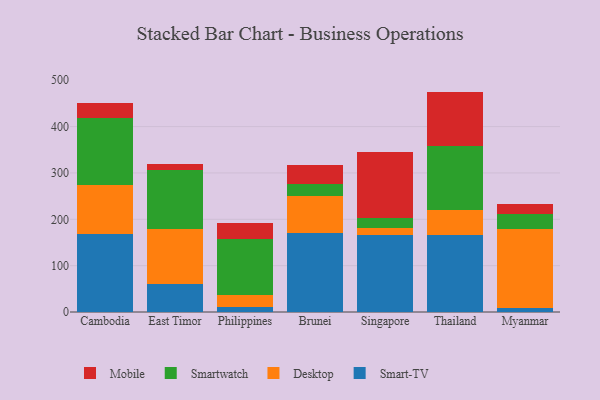
{"axis": {"x": "Country", "y": "Production Output"}, "legend": ["Desktop", "Mobile", "Smart-TV", "Smartwatch"], "data": [{"x": "Cambodia", "y": 168.3, "type": "Smart-TV"}, {"x": "Cambodia", "y": 105.0, "type": "Desktop"}, {"x": "Cambodia", "y": 144.7, "type": "Smartwatch"}, {"x": "Cambodia", "y": 32.4, "type": "Mobile"}, {"x": "East Timor", "y": 61.2, "type": "Smart-TV"}, {"x": "East Timor", "y": 118.2, "type": "Desktop"}, {"x": "East Timor", "y": 127.0, "type": "Smartwatch"}, {"x": "East Timor", "y": 13.7, "type": "Mobile"}, {"x": "Philippines", "y": 10.3, "type": "Smart-TV"}, {"x": "Philippines", "y": 25.8, "type": "Desktop"}, {"x": "Philippines", "y": 120.5, "type": "Smartwatch"}, {"x": "Philippines", "y": 35.7, "type": "Mobile"}, {"x": "Brunei", "y": 171.3, "type": "Smart-TV"}, {"x": "Brunei", "y": 78.2, "type": "Desktop"}, {"x": "Brunei", "y": 26.0, "type": "Smartwatch"}, {"x": "Brunei", "y": 41.2, "type": "Mobile"}, {"x": "Singapore", "y": 165.1, "type": "Smart-TV"}, {"x": "Singapore", "y": 15.5, "type": "Desktop"}, {"x": "Singapore", "y": 22.0, "type": "Smartwatch"}, {"x": "Singapore", "y": 143.0, "type": "Mobile"}, {"x": "Thailand", "y": 166.8, "type": "Smart-TV"}, {"x": "Thailand", "y": 53.3, "type": "Desktop"}, {"x": "Thailand", "y": 137.4, "type": "Smartwatch"}, {"x": "Thailand", "y": 118.0, "type": "Mobile"}, {"x": "Myanmar", "y": 9.3, "type": "Smart-TV"}, {"x": "Myanmar", "y": 169.0, "type": "Desktop"}, {"x": "Myanmar", "y": 33.5, "type": "Smartwatch"}, {"x": "Myanmar", "y": 21.2, "type": "Mobile"}]}